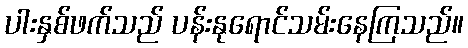
ပါးနှစ်ဖက်သည် ပန်းနုရောင်သမ်းနေကြသည်။